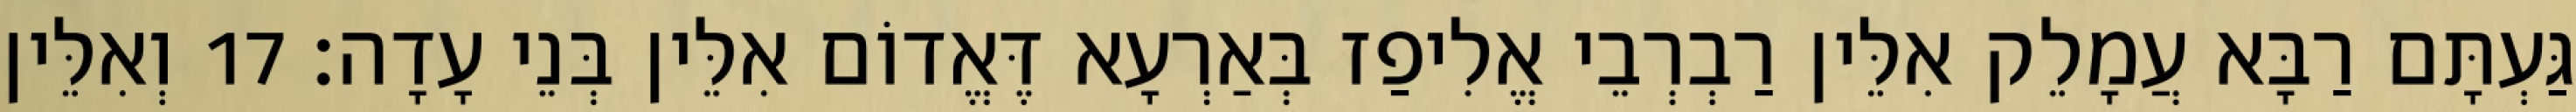
גַּעְתָּם רַבָּא עֲמָלֵק אִלֵּין רַבְרְבֵי אֱלִיפַז בְּאַרְעָא דֶּאֱדוֹם אִלֵּין בְּנֵי עָדָה׃ 17 וְאִלֵּין